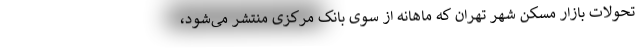
تحولات بازار مسکن شهر تهران که ماهانه از سوی بانک مرکزی منتشر می‌شود،